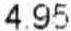
4.95